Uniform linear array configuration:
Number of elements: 16
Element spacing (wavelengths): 0.5
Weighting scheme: hann
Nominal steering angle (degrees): -15
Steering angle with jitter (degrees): -15.921
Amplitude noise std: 0.05
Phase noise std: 0.05

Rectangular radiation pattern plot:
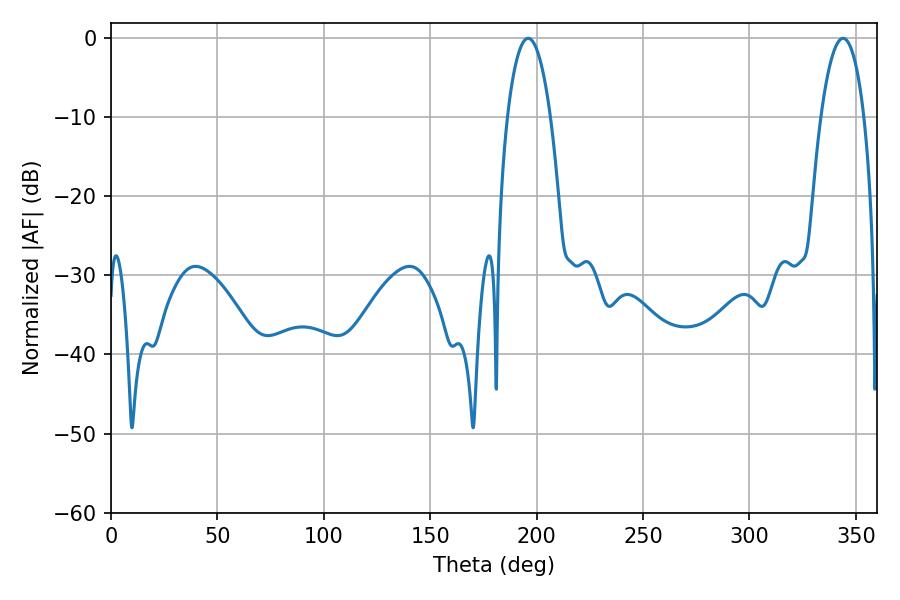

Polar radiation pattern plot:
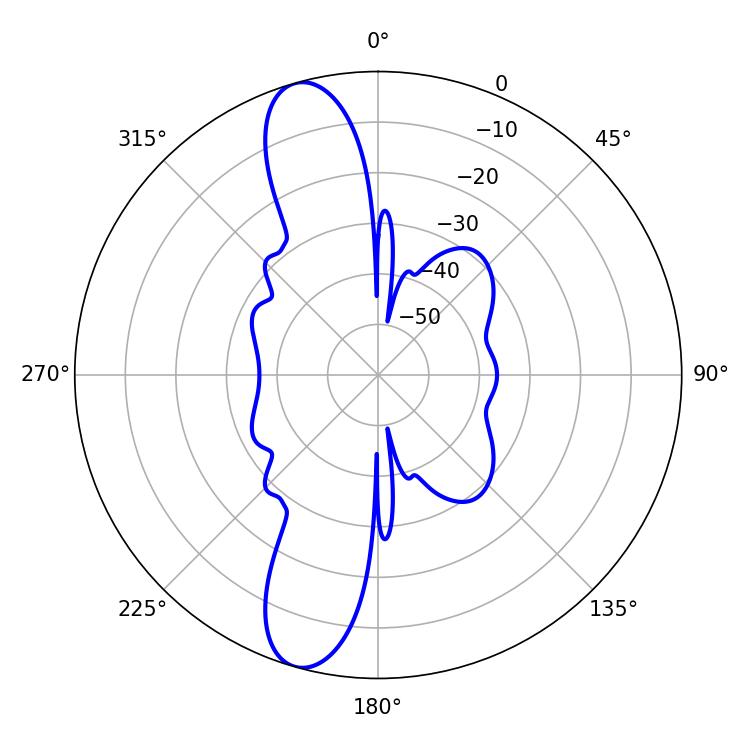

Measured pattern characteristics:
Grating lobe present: FALSE
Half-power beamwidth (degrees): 11.34
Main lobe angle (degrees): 343.98